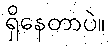
ရှိနေတာပဲ။